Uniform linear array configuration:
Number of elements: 8
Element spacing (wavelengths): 0.25
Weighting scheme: hamming
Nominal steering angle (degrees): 15
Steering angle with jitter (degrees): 15.769
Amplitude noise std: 0.05
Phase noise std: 0.05

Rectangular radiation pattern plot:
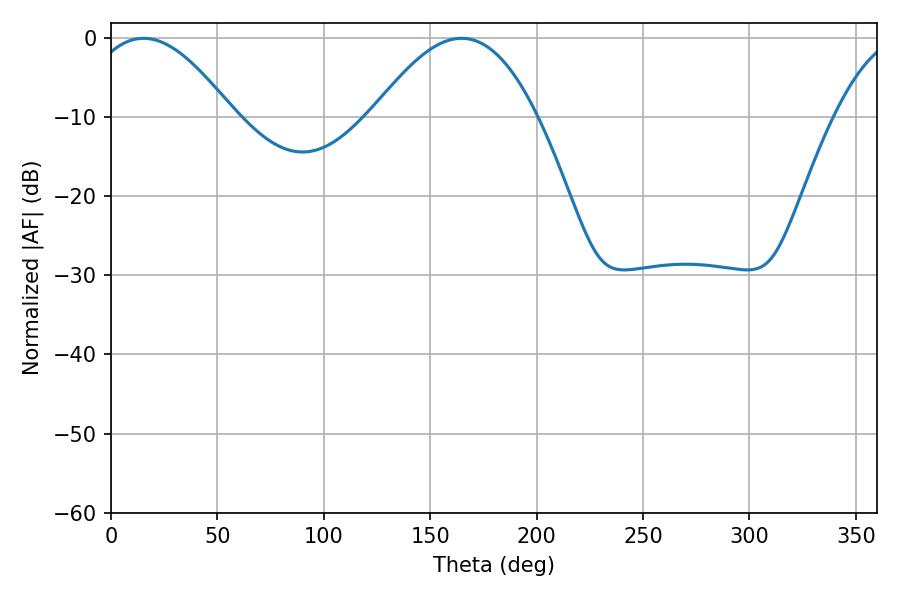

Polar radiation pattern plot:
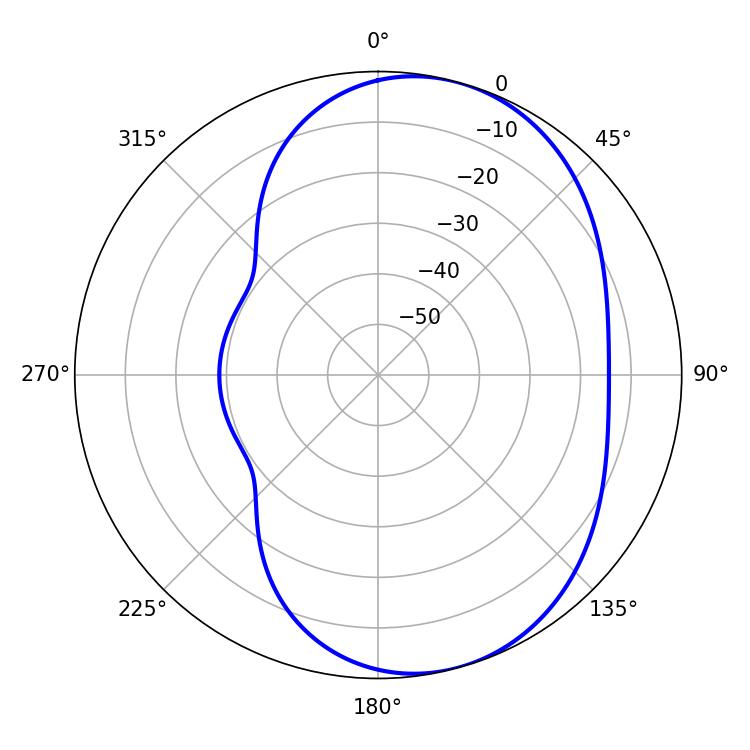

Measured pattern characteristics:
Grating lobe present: FALSE
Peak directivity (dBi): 6.093
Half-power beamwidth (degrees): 37.44
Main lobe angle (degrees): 15.3